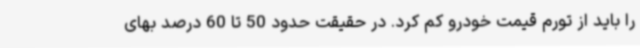
را باید از تورم قیمت خودرو کم کرد. در حقیقت حدود 50 تا 60 درصد بهای